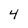
Character: 4